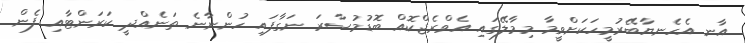
އާނ އެހެނޔާބޭރުމީހަކަށްވީމާ މިމާލޭގައި އެވްރެޖްކޮއް ބޮޑުމުސާރަ ނަގާފައި ހުންނާނެ ތަނެއްދީ ކަރަންޓާއި ފެން